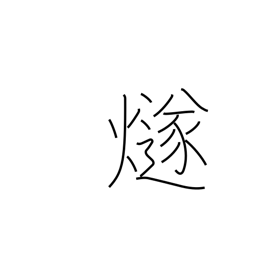
Meaning: signal fire